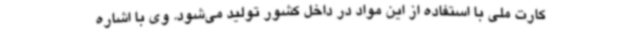
کارت ملی با استفاده از این مواد در داخل کشور تولید می‌شود. وی با اشاره